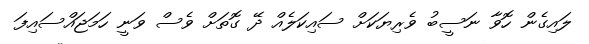
ލައިގެން ހޮވާ ނަސީބު ވެރިޔަކަށް ސައިކަލެއް ދޭ ގޮތަށް ވެސް ވަނީ ހަމަޖައްސައިފަ